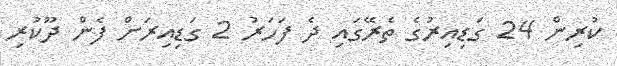
ކުރިން 24 ގަޑިއިރުގެ ތެރޭގައި ދެ ފަހަރު 2 ގަޑިއިރަށް ފެން ދޫކުރި